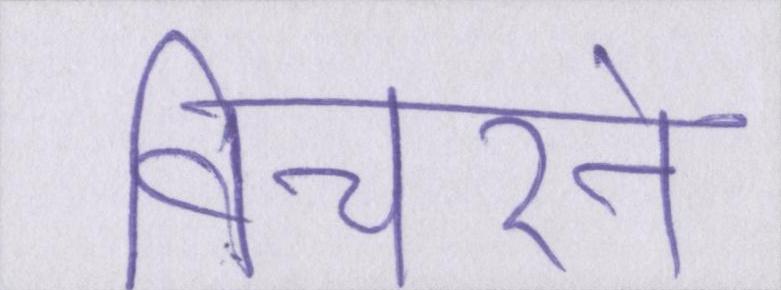
विचरने